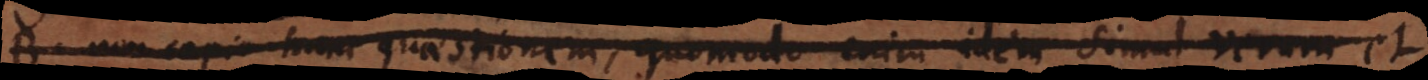
B. Non capio tuam quaestionem, quomodo enim idem simul verum